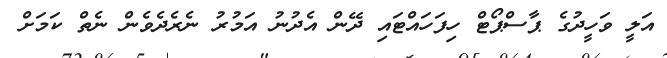
އަލީ ވަހީދުގެ ޕާސްޕޯޓް ހިފަހައްޓައި ދޭން އެދުނު އަމުރު ނެރެދެވެން ނެތް ކަމަށް